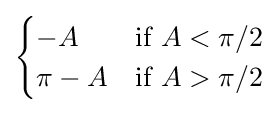
{\begin{cases}-A&{\text{if }}A<\pi /2\\\pi -A&{\text{if }}A>\pi /2\end{cases}}